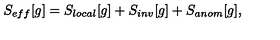
S _ { e f f } [ g ] = S _ { l o c a l } [ g ] + S _ { i n v } [ g ] + S _ { a n o m } [ g ] ,